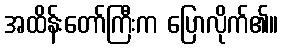
အထိန်းတော်ကြီးက ပြောလိုက်၏။